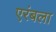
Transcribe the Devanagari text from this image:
एरंबला